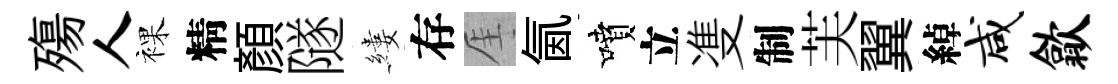
殤人裸精顔隧縷存厓氤噴立㕠制芙翼綽咸歙